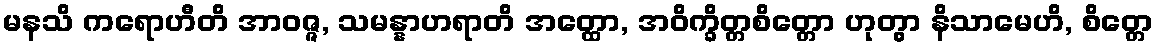
မနသိ ကရောဟီတိ အာဝဇ္ဇ, သမန္နာဟရာတိ အတ္ထော, အဝိက္ခိတ္တစိတ္တော ဟုတွာ နိသာမေဟိ, စိတ္တေ